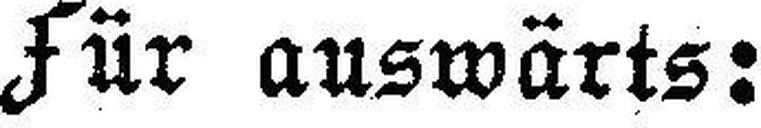
Für auswärts: